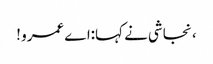
، نجاشی نے کہا:اے عمرو !